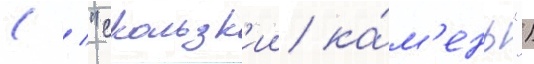
( / "скользк'ии ка́м'ень")